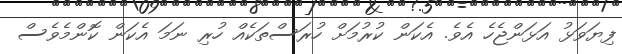
ފިޔަވަޅު އަޅަންޖެހެ އެވެ. އެކަން ކުރުމަށް ހުރަސްތަކެއް ހުރި ނަމަ އެކަން ކޮންމެވެސް